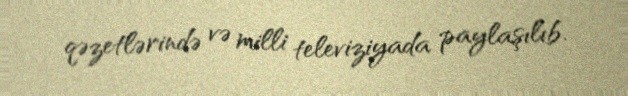
qəzetlərində və milli televiziyada paylaşılıb.